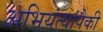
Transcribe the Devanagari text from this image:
अभियंत्यांपैकी